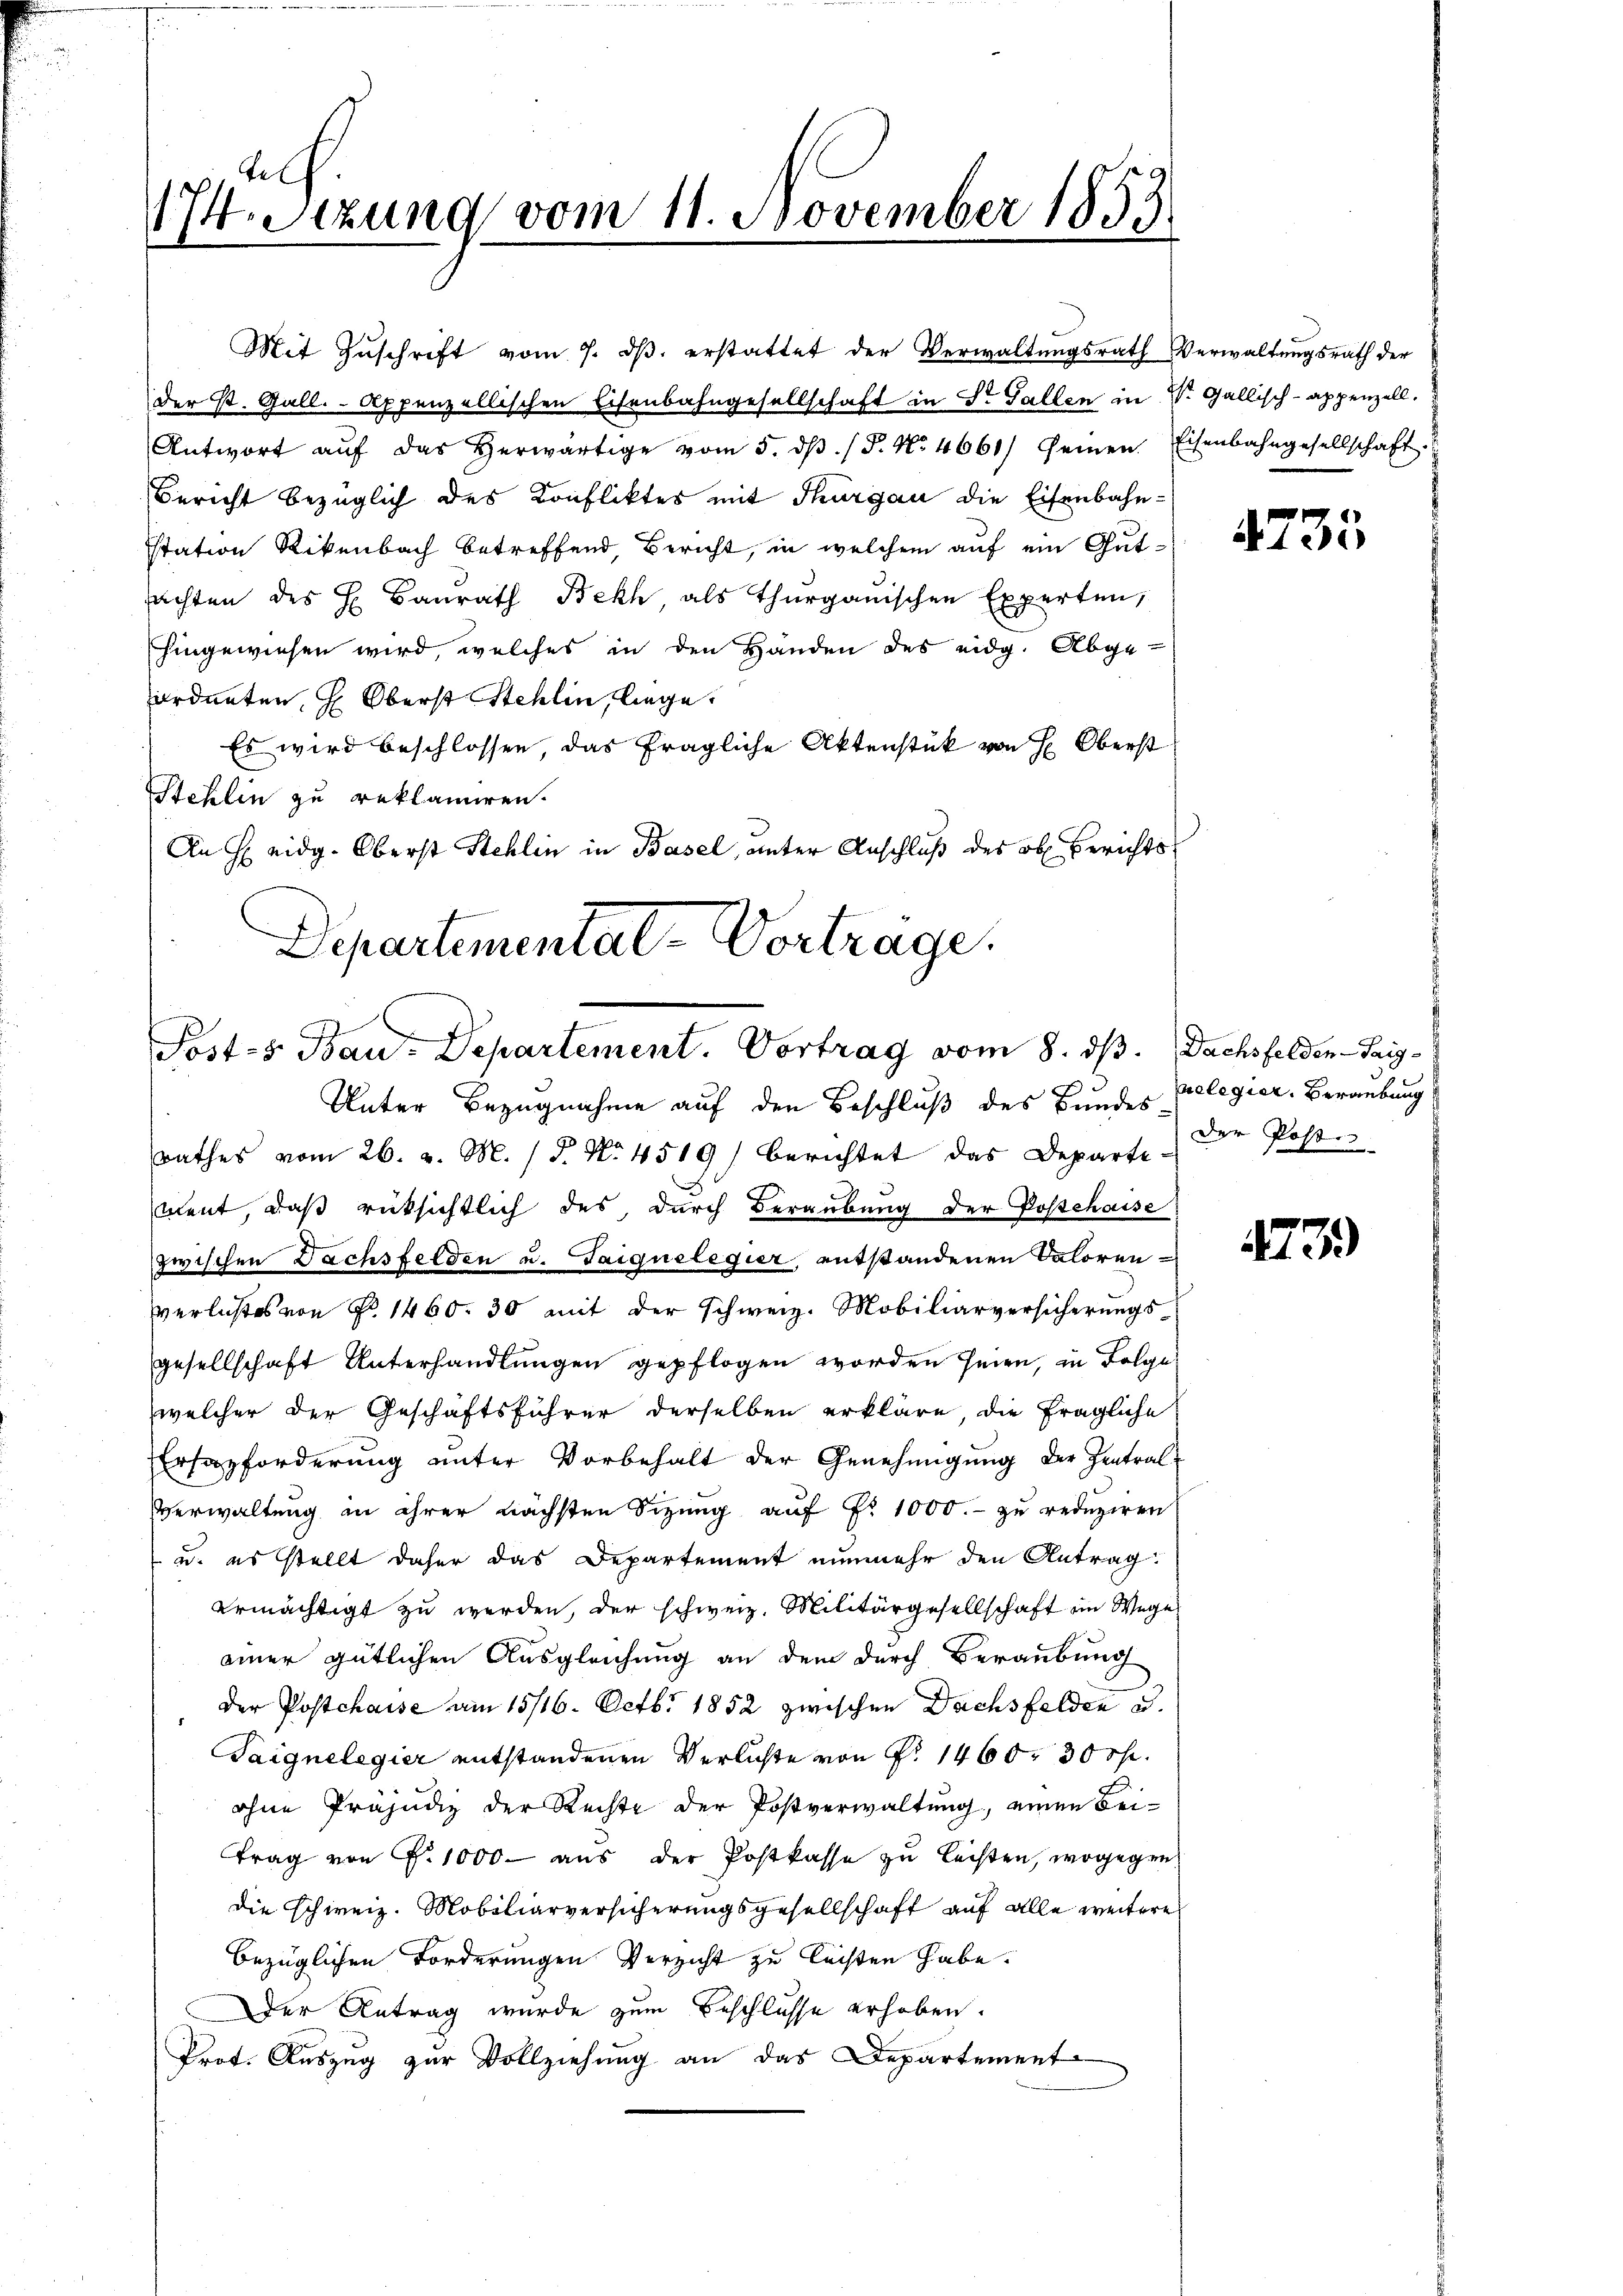
Mit Zŭschrift vom 7. dβ. erstattet der Verwaltungsrath Verwaltungsrath der
der St. Gall. Appenzellischen Eisenbahngesellschaft in Dr. Gallen in Dr. Gallisch-appenzell.
Antwort aŭf das herwärtige vom 5. dβ. / P. Nr. 4661) seien. Eisenbahngesellschaft.
Bericht bezüglich des Konfliktes mit Thurgau die Eisenbahn-
Istation Rikenbach betreffend, Bericht, in welchem auf ein Gatachten des H. Baŭrath Bekh als Thurgauischen Experten,
hingewiesen wird, welches in den Händen des eidg. Abge-
ordneten H. Oberst Stehlin, liege.
Es wird beschlossen, das fragliche Aktenstück von H: Oberst
Stehlin zu reklamiren.
An H eidg. Oberst Stehlin in Basel, unter Anschluß des ob. Berichts
Departemental-Vorträge.

Tel
I.Stzung vom 11. November 1853

Posts Bau-Departement. Vortrag vom 8. ds.
Unter Bezugnahme auf den Beschluß des Bundes polegier. Beraubung

rathes vom 26. v. M. / 5. No 4519) berichtet das Departe-
ment, daß rücksichtlich des durch Beraubung der Postchaise
zwischen Dachsfelden u. Taiquelegier, entstandenen Saloren
verlustes von No 1460. 30 mit der Schweiz. Mobiliarversicherungs
gesellschaft Unterhandlungen gepflogen worden seien, in Folge
welcher der Geschäftsführer derselben erkläre, die fragliche
Ersatzforderung unter Vorbehalt der Genehmigung der Zentral-
Verwaltung in ihrer nächsten Sizung auf Fr. 1000.- zu reduziren
u. es stellt daher das Departement nunmehr den Antrag.
ermächtigt zu werden, der schweiz. Militärgesellschaft im Wege
einer gütlichen Ausgleichung an dem durch Beraubung
der Postchaise am 15/16. Octbr 1852 zwischen Dachsfelden u.
Taignelegier entstandenen Verlichte von Fr. 1460, 30 rp.
ohne Präjudiz der Rechte der Postverwaltung, einen Beitrag von P. 1000 - aus der Postkasse zu leisten, wogegen
die schweiz. Mobiliarversicherungsgesellschaft auf alle weitere
bezüglichen Forderungen Verzicht zu leisten habe.
Der Antrag wurde zum Beschlusse erhoben.
Prot. Auszug zur Vollziehung an das Departement

4735

Dachsfelden-Taigder Poste

739